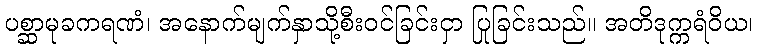
ပစ္ဆာမုခကရဏံ၊ အနောက်မျက်နှာသို့စီးဝင်ခြင်းငှာ ပြုခြင်းသည်။ အတိဒုက္ကရံဝိယ၊